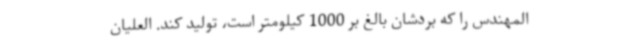
المهندس را که بردشان بالغ بر 1000 کیلومتر است، تولید کند. العلیان